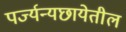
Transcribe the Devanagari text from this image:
पर्ज्यन्यछायेतील